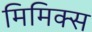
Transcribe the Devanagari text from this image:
मिमिक्स